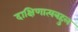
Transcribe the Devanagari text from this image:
दाक्षिणात्यबहुल